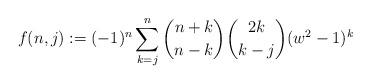
LaTeX: \begin{align*}f(n,j) := (-1)^n\sum_{k = j}^n \binom{n+k}{n-k} \binom{2k}{k-j} (w^2-1)^k\end{align*}